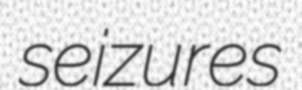
seizures